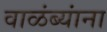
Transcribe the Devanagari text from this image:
वाळंब्यांना